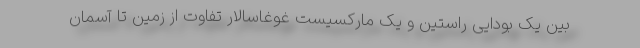
بین یک بودایی راستین و یک مارکسیست غوغاسالار تفاوت از زمین تا آسمان